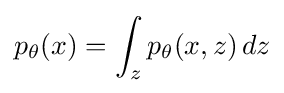
p_{\theta }(x)=\int _{z}p_{\theta }({x,z})\,dz